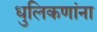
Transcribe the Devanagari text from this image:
धुलिकणांना